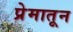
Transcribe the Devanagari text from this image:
प्रेमातून